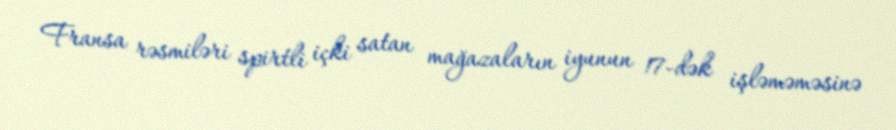
Fransa rəsmiləri spirtli içki satan mağazaların iyunun 17-dək işləməməsinə